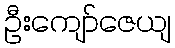
ဦးကျော်ဇေယျ